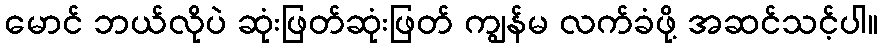
မောင် ဘယ်လိုပဲ ဆုံးဖြတ်ဆုံးဖြတ် ကျွန်မ လက်ခံဖို့ အဆင်သင့်ပါ။